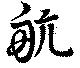
航